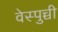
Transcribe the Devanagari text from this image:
वेस्पुच्ची